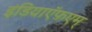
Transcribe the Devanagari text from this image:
इंडियाऍफ़एम्